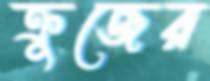
ক্রুজের